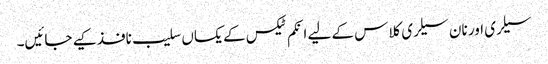
سیلری اور نان سیلری کلاس کے لیے انکم ٹیکس کے یکساں سلیب نافذ کیے جائیں۔